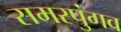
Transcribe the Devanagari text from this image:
समरपुंगव